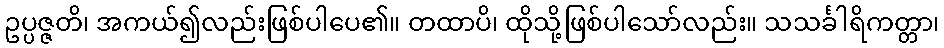
ဥပ္ပဇ္ဇတိ၊ အကယ်၍လည်းဖြစ်ပါပေ၏။ တထာပိ၊ ထိုသို့ဖြစ်ပါသော်လည်း။ သသင်္ခါရိကတ္တာ၊